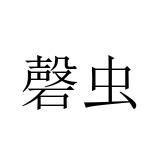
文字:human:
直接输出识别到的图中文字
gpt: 磬虫